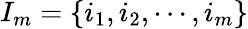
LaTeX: I_{m}=\{ i_{1},i_{2},\cdots,i_{m}\}